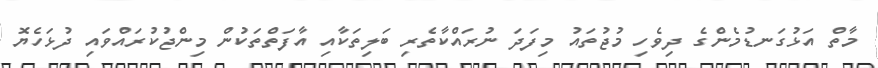
މާތް އަޅުގަނޑުމެންގެ ދިވެހި މުޖުތައު މިފަދަ ނުރައްކާތެރި ބަލިތަކާއި އާފަތްތަކުން މިންޖުކުރައްވައި ދުޅަހެޔޮ